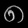
Digit: ၈